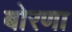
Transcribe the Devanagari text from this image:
बोरणा